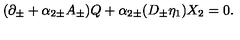
( \partial _ { \pm } + \alpha _ { 2 \pm } A _ { \pm } ) Q + \alpha _ { 2 \pm } ( D _ { \pm } \eta _ { 1 } ) X _ { 2 } = 0 .